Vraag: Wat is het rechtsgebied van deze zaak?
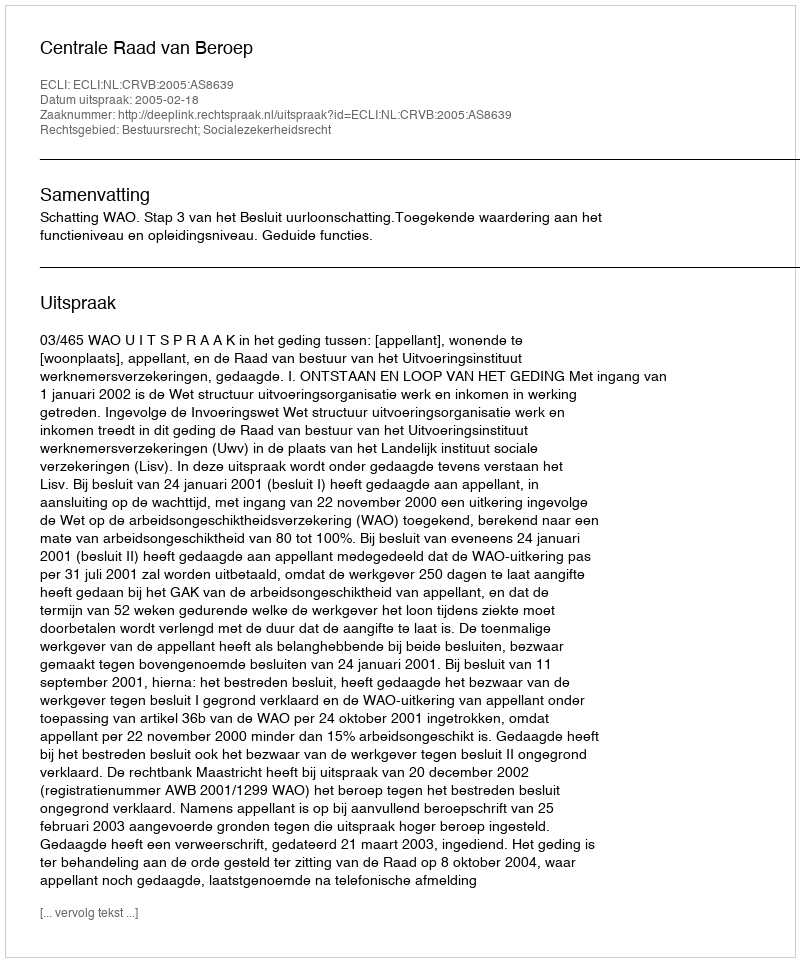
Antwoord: Bestuursrecht; Socialezekerheidsrecht